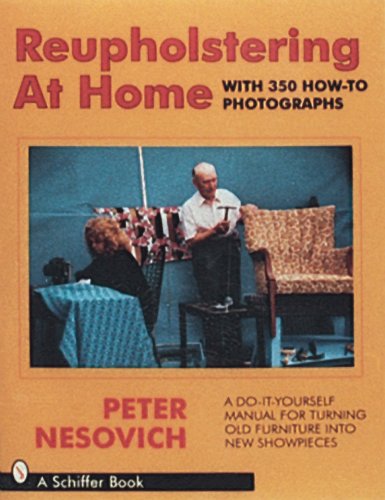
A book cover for Reupholstering at Home: A Do-It-Yourself Manual for Turning Old Furniture into New Showpieces; Peter Nesovich; Crafts, Hobbies & Home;